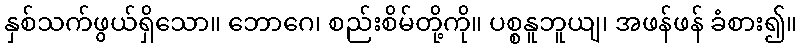
နှစ်သက်ဖွယ်ရှိသော။ ဘောဂေ၊ စည်းစိမ်တို့ကို။ ပစ္စနူဘူယျ၊ အဖန်ဖန် ခံစား၍။